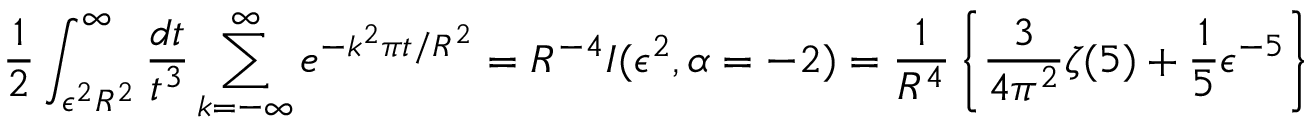
\frac { 1 } { 2 } \int _ { \epsilon ^ { 2 } R ^ { 2 } } ^ { \infty } \frac { d t } { t ^ { 3 } } \sum _ { k = - \infty } ^ { \infty } e ^ { - k ^ { 2 } \pi t / R ^ { 2 } } = R ^ { - 4 } { \cal I } ( \epsilon ^ { 2 } , \alpha = - 2 ) = \frac { 1 } { R ^ { 4 } } \left\{ \frac { 3 } { 4 \pi ^ { 2 } } \zeta ( 5 ) + \frac { 1 } { 5 } \epsilon ^ { - 5 } \right\}